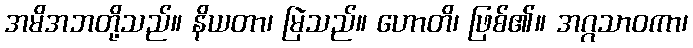
အမိအဘတို့သည်။ နိယတာ၊ မြဲသည်။ ဟောတိ၊ ဖြစ်၏။ အဂ္ဂသာဝကာ၊